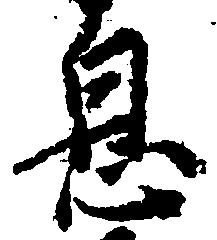
息